Vaccination in Bombay 1889-1901 - 1889-1901
Year: 1889
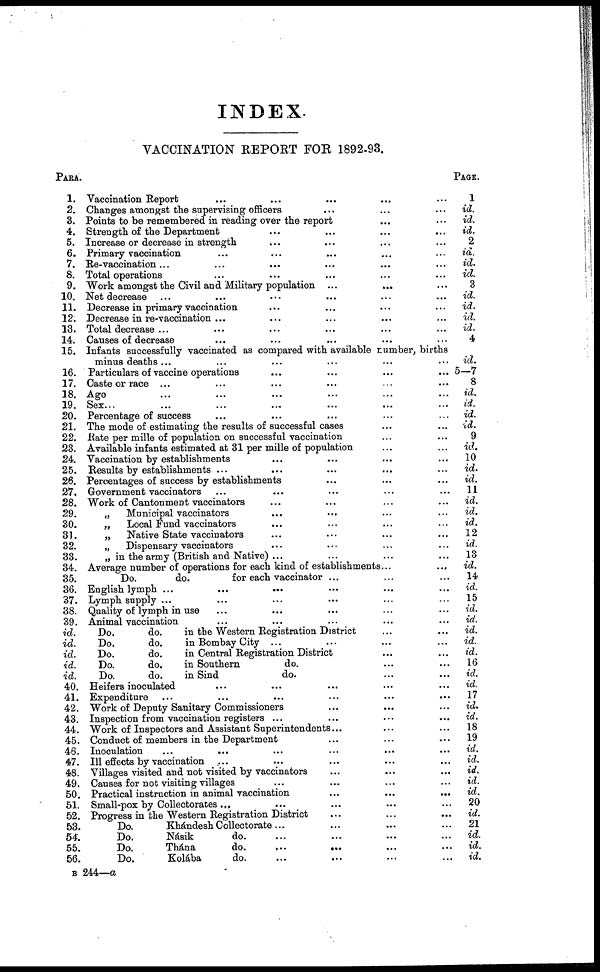
INDEX.
VACCINATION REPORT FOR 1892-93.
PARA.
1.
2.
3.
4.
5.
6.
7.
8.
9.
10.
11.
12.
13.
14.
15.
16.
17.
18.
19.
20.
21.
22.
23.
24.
25.
26.
27.
28.
29.
30.
31.
32.
33.
34.
35.
36.
37.
38.
39.
id.
id.
id.
id.
id.
40.
41.
42.
43.
44.
45.
46.
47.
48.
49.
50.
51.
52.
53.
54.
55.
56.
Vaccination Report ... ... ... ... ...
Changes amongst the supervising officers ... ... ...
Points to be remembered in reading over the report ... ...
Strength of the Department ... ... ... ... ...
Increase or decrease in strength ... ... ... ... ...
Primary vaccination ... ... ... ... ... ...
Re-vaccination ... ... ... ... ... ... ...
Total operations ... ... ... ... ... ...
Work amongst the Civil and Military population ... ... ...
Net decrease ... ... ... ... ... ... ...
Decrease in primary vaccination ... ... ... ... ...
Decrease in re-vaccination ... ... ... ... ...... ...
Total decrease ... ... ... ... ... ... ...
Causes of decrease ... ... ... ... ... ...
Infants successfully vaccinated as compared with available Lumber, births
minus deaths ... ... ... ... ... ... ... ...
Particulars of vaccine operations ... ... ... ...
Caste or race ... ... ... ... ... ... ...
Age ... ... ... ... ...
Sex... ... ... ... ... ...
Percentage of success ... ... ... ... ... ...
The mode of estimating the results of successful cases ... ...
Rate per mille of population on successful vaccination ... ...
Available infants estimated at 31 per mille of population ... ...
Vaccination by establishments ... ... ... ... ...
Results by establishments ... ... ... ... ...
Percentages of success by establishments ... ... ...
Government vaccinators ... ... ... ... ... ...
Work of Cantonment vaccinators ... ... ... ...
„
Municipal vaccinators ... ... ... ...
„
Local Fund vaccinators ... ... ... ...
„
Native State vaccinators ... ... ... ...
„
Dispensary vaccinators ... ... ... ...
„ in the army (British and Native) ... ... ... ...
Average number of operations for each kind of establishments...
...
Do.
do.
for each vaccinator ... ... ...
English lymph ...
...
... ... ... ...
Lymph supply ... ... ... ... ... ...
Quality of lymph in use ... ... ... ... ...
Animal vaccination ... ... ... ... ...
Do.
do.
in the Western Registration District ... ...
Do.
do.
in Bombay City ... ... ... ...
Do.
do.
in Central Registration District ... ...
Do.
do.
in Southern
do. ... ...
Do.
do.
in Sind
do. ... ...
Heifers inoculated ... ... ... ... ...
Expenditure ... ... ... ... ... ...
Work of Deputy Sanitary Commissioners ... ... ...
Inspection from vaccination registers ... ... ... ...
Work of Inspectors and Assistant Superintendents... ... ...
Conduct of members in the Department ... ... ...
Inoculation
...
... ... ... ... ...
Ill effects by vaccination ... ... ... ... ...
Villages visited and not visited by vaccinators ... ... ...
Causes for not visiting villages ... ... ... ...
Practical instruction in animal vaccination
...
...
...
Small-pox by Collectorates ... ... ... ...
Progress in the Western Registration District ... ... ...
Do.
Khándesh Collectorate... ... ... ...
Do.
Násik
do. ... ... ... ...
Do.
Thána
do.
...
... ... ...
Do.
Kolába
do. ... ... ... ...
PAGE.
1
id.
id.
id.
2
id.
id.
id.
3
id.
id.
id.
id.
4
id.
5—7
8
id.
id.
id.
id.
9
id.
10
id.
id.
11
id.
id.
id.
12
id.
13
id.
14
id.
15
id.
id.
id.
id.
id.
16
id.
id.
17
id.
id.
18
19
id.
id.
id.
id.
id.
20
id.
21
id.
id.
id.
B 244—a